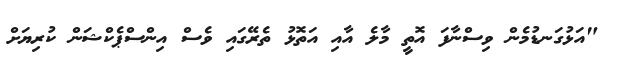
"އަޅުގަނޑުމެން ވިސްނާފަ އޮތީ މާލެ އާއި އަތޮޅު ތެރޭގައި ވެސް އިންސްޕެކްޝަން ކުރިޔަށް